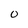
Character: O